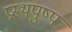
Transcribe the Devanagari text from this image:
प्रस्थपुष्प